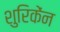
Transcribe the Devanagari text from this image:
शुरिकेंन